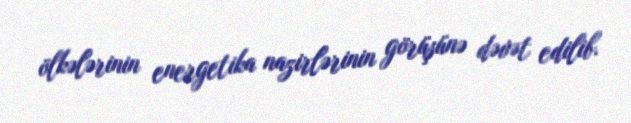
ölkələrinin energetika nazirlərinin görüşünə dəvət edilib.